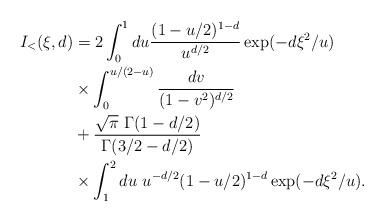
LaTeX: \begin{align*}I_<(\xi,d) &= 2 \int_0^{1} du \frac{(1-u/2)^{1-d}}{u^{d/2}} \exp (-d\xi^2/u) \\ & \times \int_0^{u/(2-u)} \frac {dv} {(1-v^2)^{d/2}} \\ & + \frac{\sqrt{\pi}~ \Gamma(1-d/2)}{\Gamma(3/2-d/2)} \\ &\times \int_1^2 du~ u^{-d/2} (1-u/2)^{1-d} \exp (-d\xi^2/u). \\\end{align*}